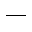
\_